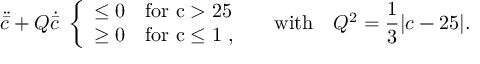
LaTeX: \ddot { \bar { c } } + Q \dot { \bar { c } } \ \left\{ \begin{array} { l l } { { \le 0 } } & { { \mathrm { f o r ~ c > 2 5 ~ } } } \\ { { \ge 0 } } & { { \mathrm { f o r ~ c \le 1 ~ } , } } \end{array} \right. \ \ \ \mathrm { w i t h } \ \ \ Q ^ { 2 } = { \frac { 1 } { 3 } } \vert c - 2 5 \vert .